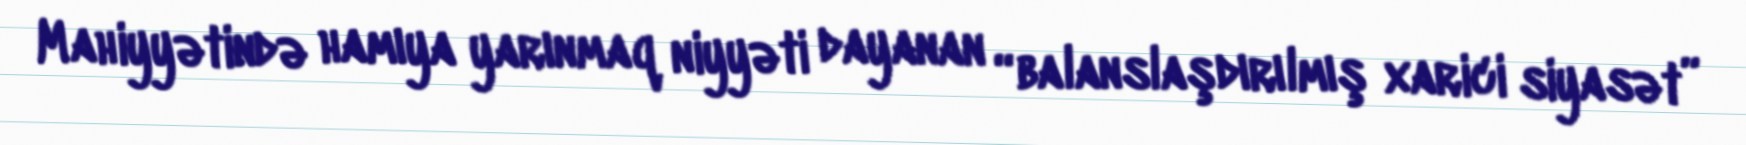
Mahiyyətində hamıya yarınmaq niyyəti dayanan “balanslaşdırılmış xarici siyasət”